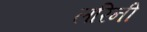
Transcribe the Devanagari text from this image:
लरिनी